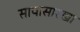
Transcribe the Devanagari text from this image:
सापासारखा